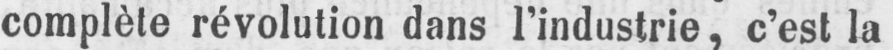
complète révolution dans l’industrie, c’est la